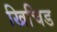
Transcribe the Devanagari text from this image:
खिचिड